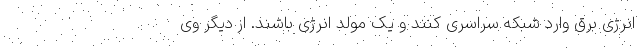
انرژی برق وارد شبکه سراسری کنند و یک مولد انرژی باشند. از دیگر وی